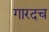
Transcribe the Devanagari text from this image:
गारदच